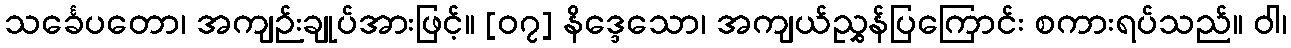
သင်္ခေပတော၊ အကျဉ်းချုပ်အားဖြင့်။ [၀၇] နိဒ္ဒေသော၊ အကျယ်ညွှန်ပြကြောင်း စကားရပ်သည်။ ဝါ၊